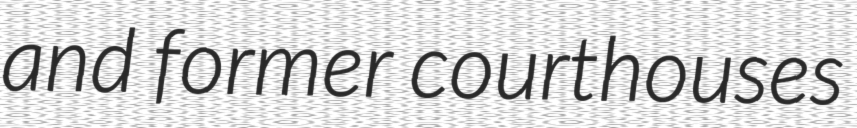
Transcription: and former courthouses